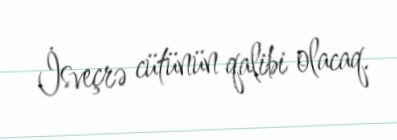
İsveçrə cütünün qalibi olacaq.